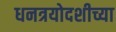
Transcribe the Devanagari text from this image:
धनत्रयोदशीच्या